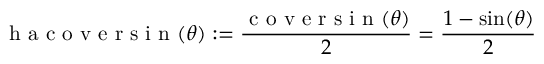
{ \textrm { h a c o v e r s i n } } ( \theta ) : = { \frac { { \textrm { c o v e r s i n } } ( \theta ) } { 2 } } = { \frac { 1 - \sin ( \theta ) } { 2 } }